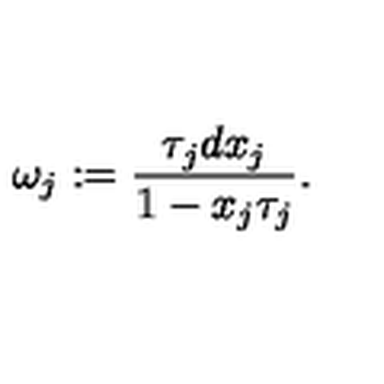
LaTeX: \omega _ { j } : = \frac { \tau _ { j } d x _ { j } } { 1 - x _ { j } \tau _ { j } } .